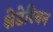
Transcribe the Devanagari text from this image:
श्नेडेरियन